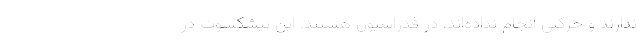
ندارند و حرکتی انجام نداده‌اند، در فدراسیون هستند. این پیشکسوت در